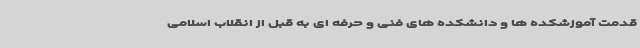
قدمت آموزشکده ها و دانشکده های فنی و حرفه ای به قبل از انقلاب اسلامی